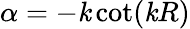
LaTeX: \alpha=-\mathit{k}\cot(\mathit{k}R)